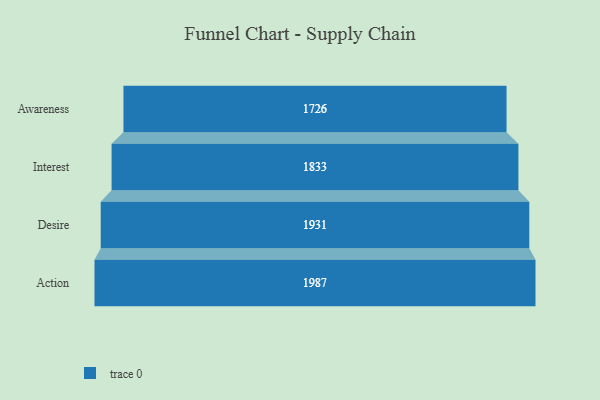
{"axis": {"x": "Stage", "y": "Value"}, "legend": [""], "data": [{"x": "Awareness", "y": 1726.0, "type": ""}, {"x": "Interest", "y": 1833.0, "type": ""}, {"x": "Desire", "y": 1931.0, "type": ""}, {"x": "Action", "y": 1987.0, "type": ""}]}